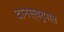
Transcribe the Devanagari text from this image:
दानस्वरुपात